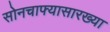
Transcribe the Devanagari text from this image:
सोनचाफ्यासारख्या